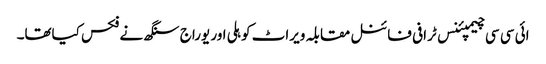
ائی سی سی چیمپئنس ٹرافی فائنل مقابلہ ویراٹ کوہلی اور یوراج سنگھ نے فکس کیاتھا۔